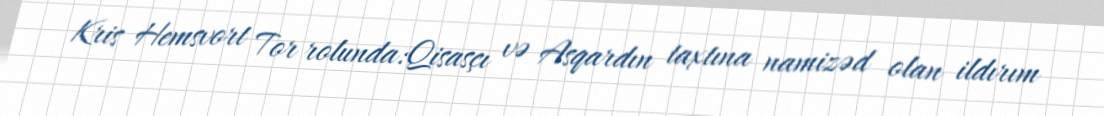
Kris Hemsvort Tor rolunda:Qisasçı və Asqardın taxtına namizəd olan ildırım